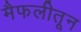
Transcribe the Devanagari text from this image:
मैफलीतून